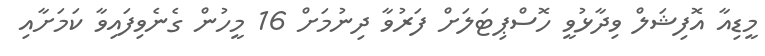
މީޑިއާ އޮފިޝަލް ވިދާޅުވީ ހޮސްޕިޓަލަށް ފަރުވާ ދިނުމަށް 16 މީހުން ގެނެވިފައިވާ ކަމަށާއި